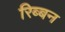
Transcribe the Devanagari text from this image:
रिब्बन